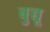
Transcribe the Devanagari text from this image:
बुच्चू